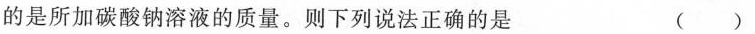
的是所加碳酸钠溶液的质量。则下列说法正确的是（）